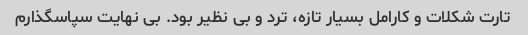
تارت شکلات و کارامل بسیار تازه، ترد و بی نظیر بود. بی نهایت سپاسگذارم